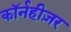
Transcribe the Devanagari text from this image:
कॉर्नहीज़र